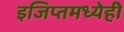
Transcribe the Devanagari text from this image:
इजिप्तमध्येही